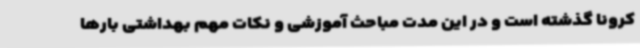
کرونا گذشته است و در این مدت مباحث آموزشی و نکات مهم بهداشتی بارها